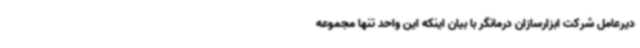
دیرعامل شرکت ابزارسازان درمانگر با بیان اینکه این واحد تنها مجموعه